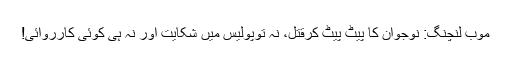
موب لنچنگ: نوجوان کا پیٹ پیٹ کرقتل، نہ توپولیس میں شکایت اور نہ ہی کوئی کارروائی!